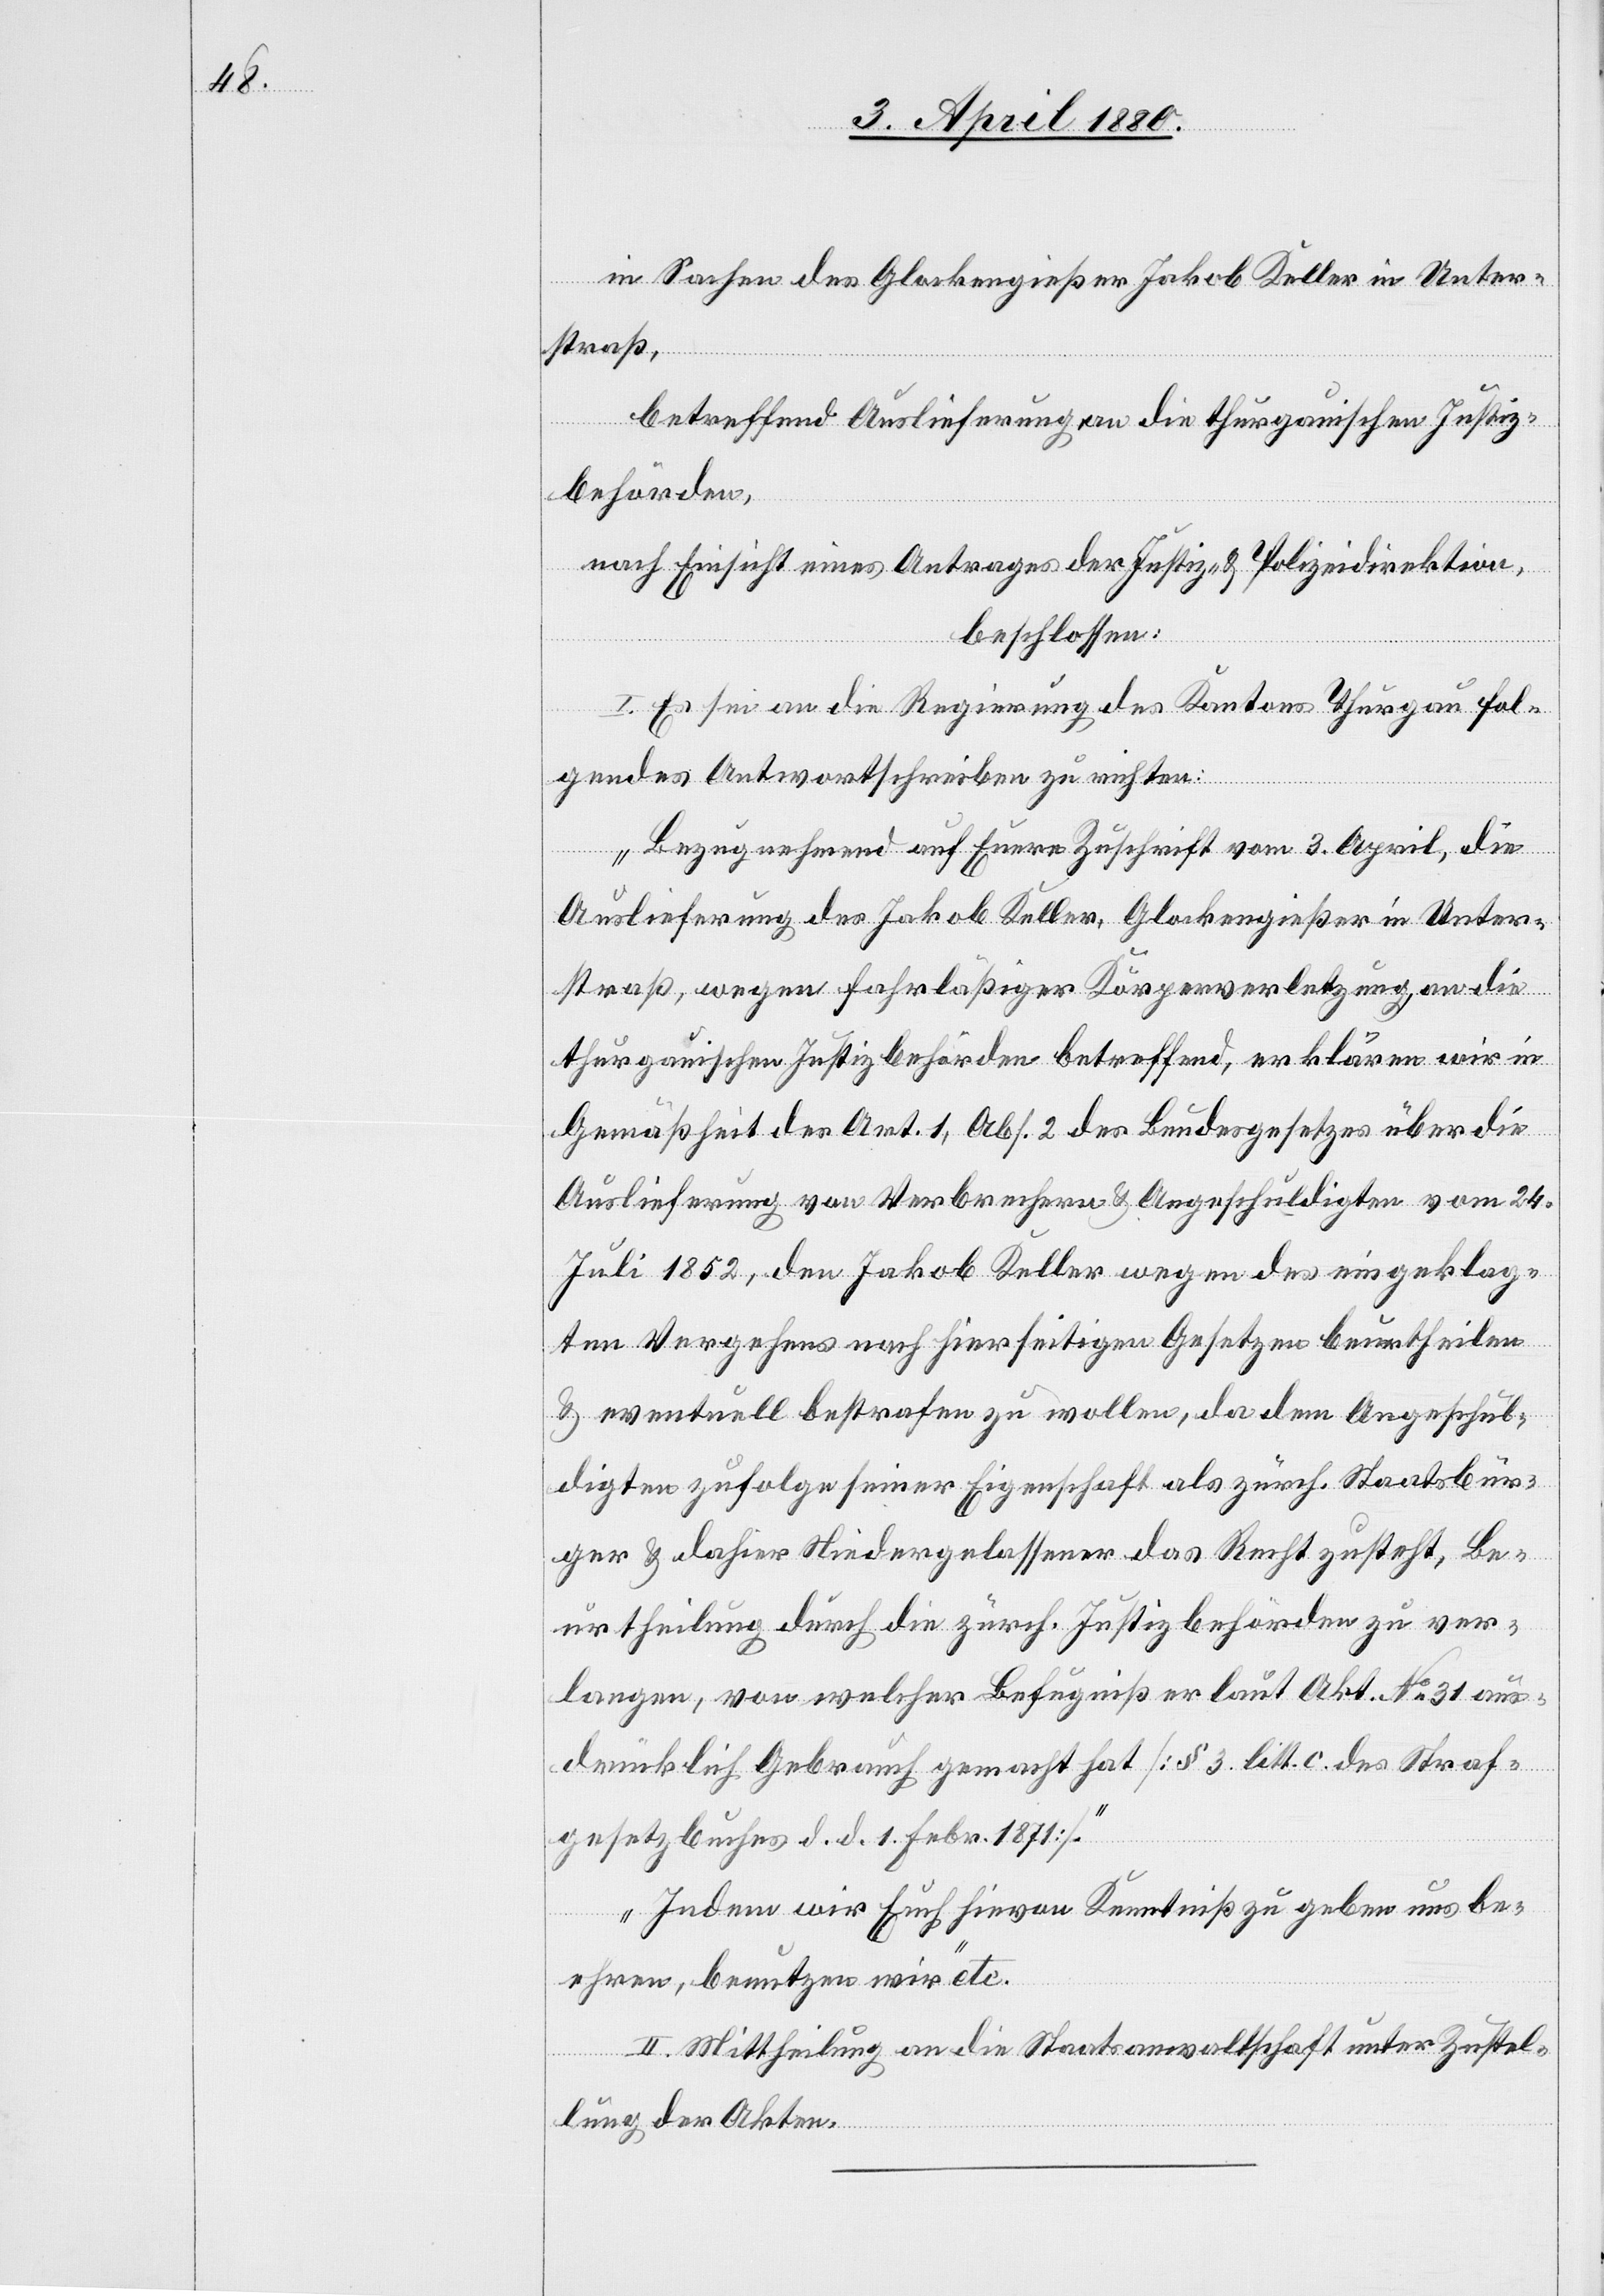
in Sachen des Glockengießer Jakob Keller in Unter¬
straß,
betreffend Auslieferung an die thurgauischen Justiz¬
behörden,
nach Einsicht eines Antrages der Justiz- & Polizeidirektion,
beschlossen:
I. Es sei an die Regierung des Kantons Thurgau fol¬
gendes Antwortschreiben zu richten:
„Bezugnehmend auf Eure Zuschrift vom 3. April, die
Auslieferung des Jakob Keller, Glockengießer in Unter¬
straß, wegen fahrläßiger Körperverletzung an die
thurgauischen Justizbehörden betreffend, erklären wir in
Gemäßheit des Art. 1, Abs. 2 des Bundesgesetzes über die
Auslieferung von Verbrechern & Angeschuldigten vom 24.
Juli 1852, den Jakob Keller wegen des eingeklag¬
ten Vergehens nach hierseitigen Gesetzen beurtheilen
& eventuell bestrafen zu wollen, da dem Angeschul¬
digten zufolge seiner Eigenschaft als zürch. Staatsbür¬
ger & dahier Niedergelassener das Recht zusteht, Be¬
urtheilung durch die zürch. Justizbehörden zu ver¬
langen, von welcher Befugniß er laut Akt. No 31 aus¬
drücklich Gebrauch gemacht hat [§ 3. lit. c. des Straf¬
gesetzbuches d. d. 1. Febr. 1871].
Indem wir Euch hievon Kenntniß zu geben uns be¬
ehren, benutzen wir“ etc.
II. Mittheilung an die Staatsanwaltschaft unter Zustel¬
lung der Akten.